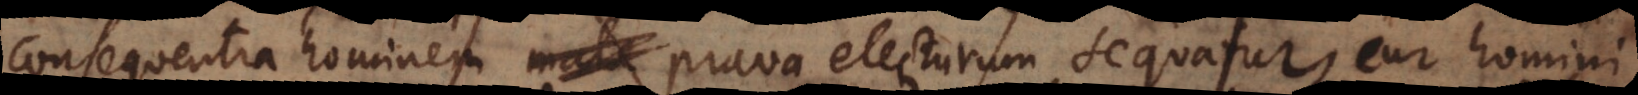
sequentia hominem mala prava electurum sequatur, cur homini